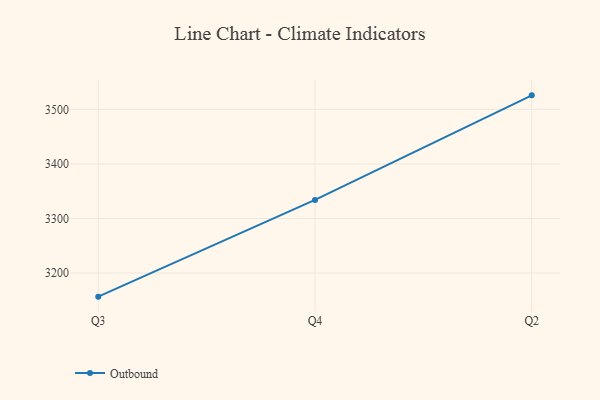
{"axis": {"x": "Quarter", "y": "Churn Rate (%)"}, "legend": ["Outbound"], "data": [{"x": "Q3", "y": 3156.7, "type": "Outbound"}, {"x": "Q4", "y": 3334.0, "type": "Outbound"}, {"x": "Q2", "y": 3525.7, "type": "Outbound"}]}